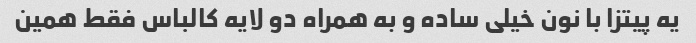
یه پیتزا با نون خیلی ساده و به همراه دو لایه کالباس فقط همین